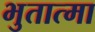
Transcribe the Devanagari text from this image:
भुतात्मा